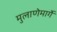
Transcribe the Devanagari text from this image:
मुलाणेमार्गे